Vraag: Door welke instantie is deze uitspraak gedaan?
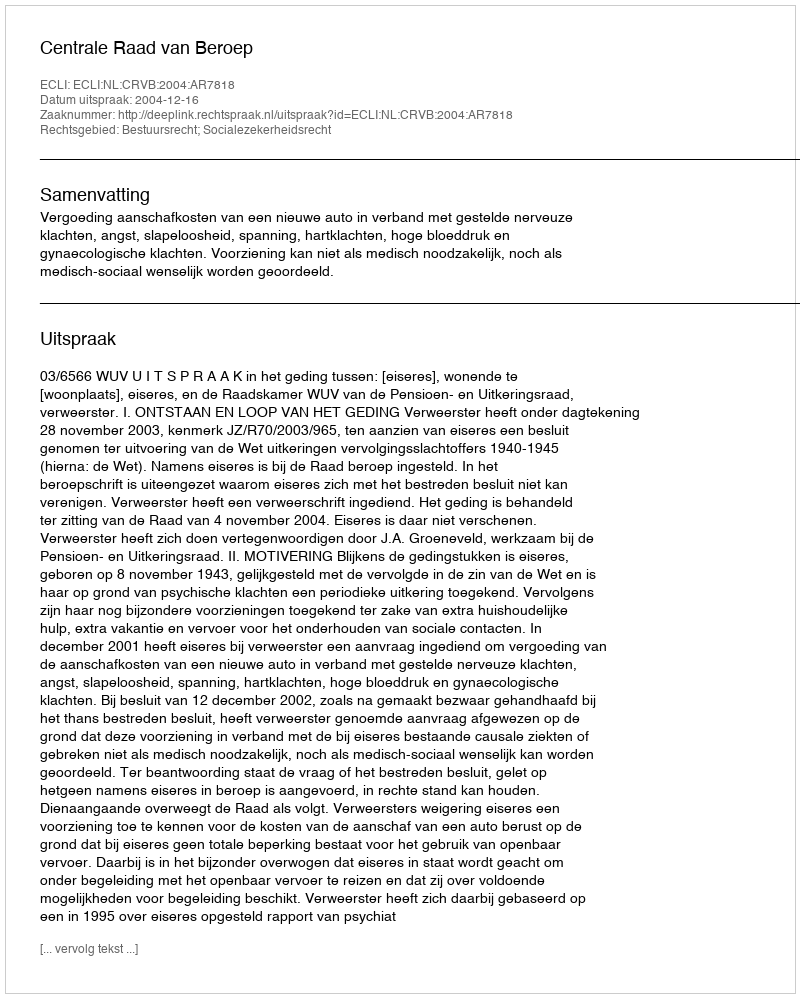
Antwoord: Centrale Raad van Beroep